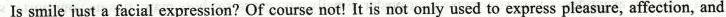
Is smile just a facial expression? Of course not!It is not only used to express pleasure, affection, and